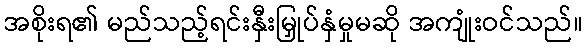
အစိုးရ၏ မည်သည့်ရင်းနှီးမြှုပ်နှံမှုမဆို အကျုံးဝင်သည်။